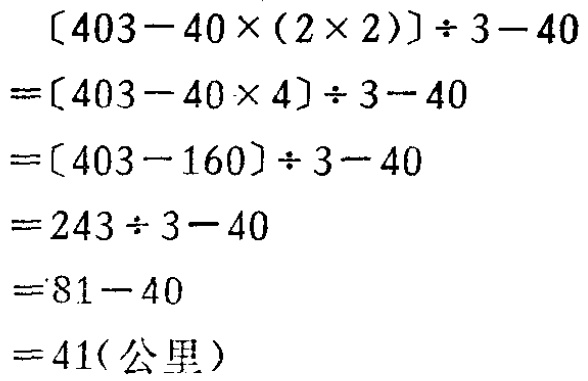
\[

\begin{align*}

&[403 - 40\times(2\times2)]\div3 - 40\\

=&[403 - 40\times4]\div3 - 40\\

=&[403 - 160]\div3 - 40\\

=&243\div3 - 40\\

=&81 - 40\\

=&41(\text{公里})

\end{align*}

\]